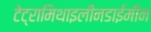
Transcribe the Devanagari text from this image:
टेट्रामिथाइलीनडाईमीन